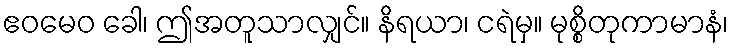
ဧဝမေဝ ခေါ၊ ဤအတူသာလျှင်။ နိရယာ၊ ငရဲမှ။ မုစ္စိတုကာမာနံ၊